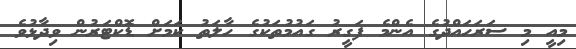
މިއީ މި ސަރަހައްދުގެ އެންމެ ފަގީރު ގައުމުތަކުގެ ހާލަތު ކަމަށް ޑޮކްޓަރުން ވިދާޅުވެ